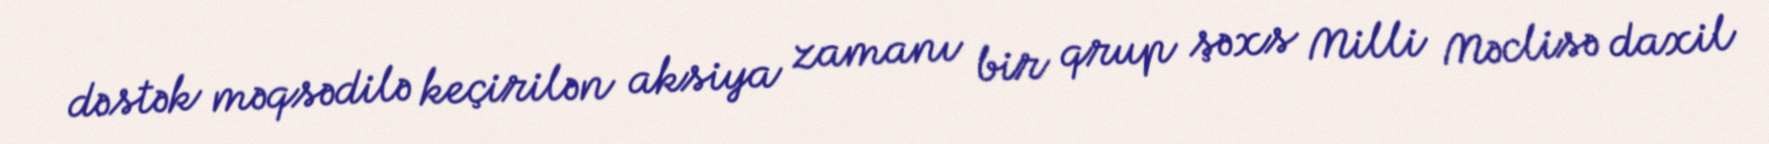
dəstək məqsədilə keçirilən aksiya zamanı bir qrup şəxs Milli Məclisə daxil